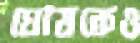
ঘোষকেও